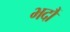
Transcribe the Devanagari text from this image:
भदौं